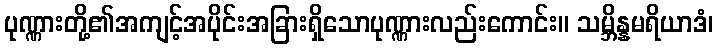
ပုဏ္ဏားတို့၏အကျင့်အပိုင်းအခြားရှိသောပုဏ္ဏားလည်းကောင်း။ သမ္ဘိန္နမရိယာဒံ၊